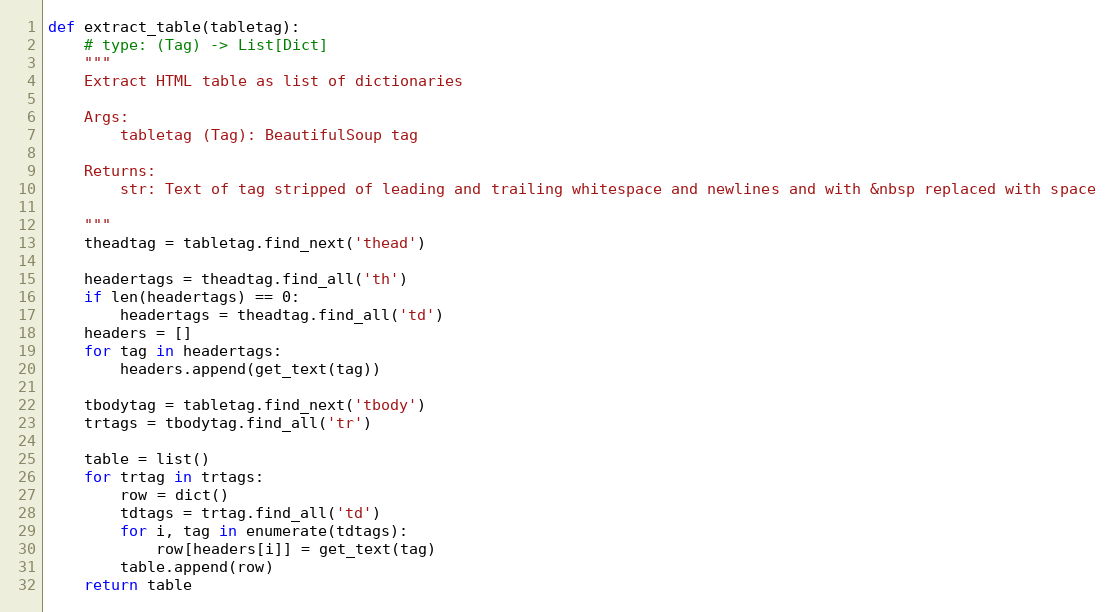
Language: Python
def extract_table(tabletag):
    # type: (Tag) -> List[Dict]
    """
    Extract HTML table as list of dictionaries

    Args:
        tabletag (Tag): BeautifulSoup tag

    Returns:
        str: Text of tag stripped of leading and trailing whitespace and newlines and with &nbsp replaced with space

    """
    theadtag = tabletag.find_next('thead')

    headertags = theadtag.find_all('th')
    if len(headertags) == 0:
        headertags = theadtag.find_all('td')
    headers = []
    for tag in headertags:
        headers.append(get_text(tag))

    tbodytag = tabletag.find_next('tbody')
    trtags = tbodytag.find_all('tr')

    table = list()
    for trtag in trtags:
        row = dict()
        tdtags = trtag.find_all('td')
        for i, tag in enumerate(tdtags):
            row[headers[i]] = get_text(tag)
        table.append(row)
    return table